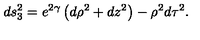
d s _ { 3 } ^ { 2 } = e ^ { 2 \gamma } \left( d \rho ^ { 2 } + d z ^ { 2 } \right) - \rho ^ { 2 } d \tau ^ { 2 } .